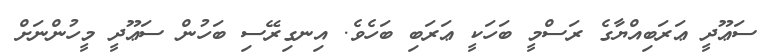
ސަޢޫދީ ޢަރަބިއްޔާގެ ރަސްމީ ބަހަކީ ޢަރަބި ބަހެވެ. އިނގިރޭސި ބަހުން ސަޢޫދީ މީހުންނަށް